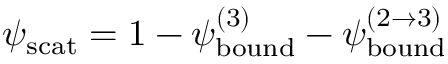
\psi _ { \mathrm { s c a t } } = 1 - \psi _ { \mathrm { b o u n d } } ^ { ( 3 ) } - \psi _ { \mathrm { b o u n d } } ^ { ( 2 \rightarrow 3 ) }